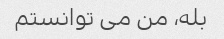
بله، من می توانستم